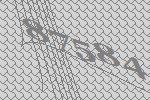
87584